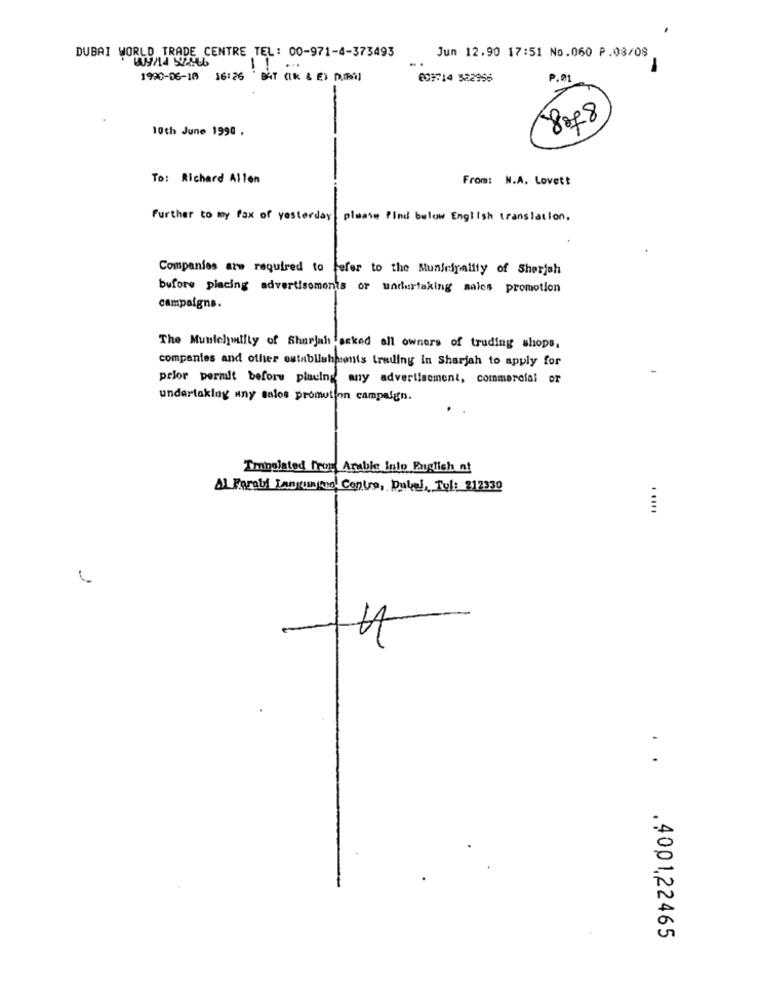
DUBAI WORLD TRADE CENTRE TEL: 00-971-4-373493
Jun 12.90 17:51 No.060 P.08/08
-
-
1990-06-10 16:26 ' BAT (IK & E) D.(RA)
003714 522956
P.01
8of8
10th June 1990 .
To: Richard Allen
From: N.A. Lovett
Further to my fax of yesterday
please find below English translation,
Companies are required to fefer to the Sunleipality of Sharjah
before placing advertisements or undertaking sales promotion
campaigns.
The Municipality of Sharjah asked all owners of truding shops,
companies and other establishponts trading in Sharjah to apply for
prior peralt before placing any advertisement, commercial or
undertaking uny sales promotion campaign.
Impolated from Amable Into English at
Al Forall Langungen, Centro, Dukel, Tol: 212330
......
..
.4001,22465